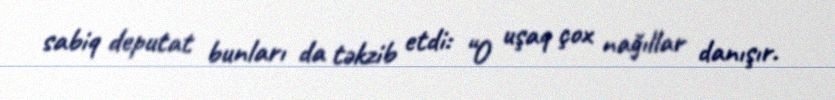
sabiq deputat bunları da təkzib etdi: “O uşaq çox nağıllar danışır.